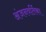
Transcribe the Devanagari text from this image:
अंजनवर्तिका